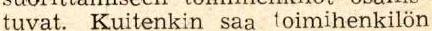
tuvat. Kuitenkin saa toimihenkilön